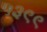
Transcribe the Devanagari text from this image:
५३९९